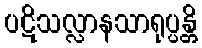
ပဋိသလ္လာနသာရုပ္ပန္တိ